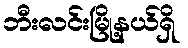
ဘီးလင်းမြို့နယ်ရှိ